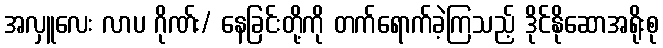
အလှူလေး လာပ ဂိုဏ်း/ နေခြင်းတို့ကို တက်ရောက်ခဲ့ကြသည့် ဒိုင်နိုဆောအရိုးစု